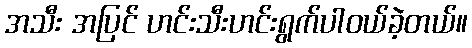
အသီး အပြင် ဟင်းသီးဟင်းရွက်ပါဝယ်ခဲ့တယ်။